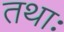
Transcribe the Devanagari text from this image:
तथाः